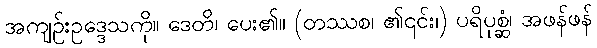
အကျဉ်းဥဒ္ဒေသကို။ ဒေတိ၊ ပေး၏။ (တဿစ၊ ၏၎င်း၊) ပရိပုစ္ဆံ၊ အဖန်ဖန်